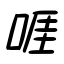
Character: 啀